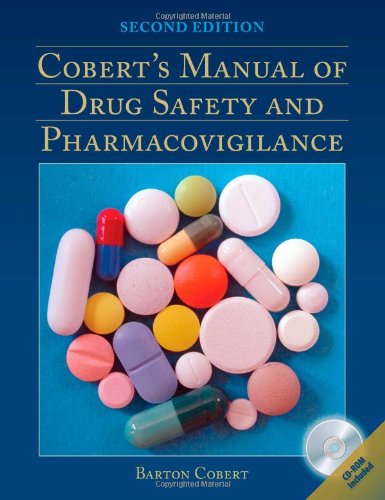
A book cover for Cobert's Manual Of Drug Safety And Pharmacovigilance; Barton Cobert; Medical Books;